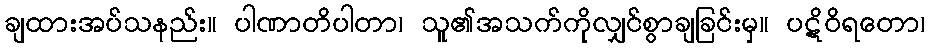
ချထားအပ်သနည်း။ ပါဏာတိပါတာ၊ သူ၏အသက်ကိုလျှင်စွာချခြင်းမှ။ ပဋိဝိရတော၊